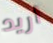
أريد